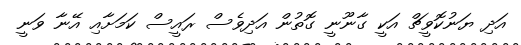
އަދި ޔަނުކޮވީޗް އަކީ ގާނޫނީ ގޮތުން އަދިވެސް ރައީސް ކަމަށާއި އޭނާ ވަނީ